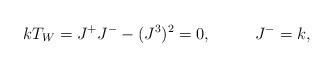
LaTeX: \begin{align*}kT_W=J^+J^- - (J^3)^2 = 0, \ \ \ \ \ \ \ \ J^-=k,\end{align*}